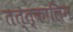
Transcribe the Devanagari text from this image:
तत्त्कालिन